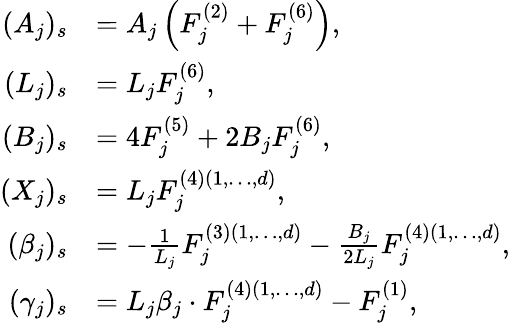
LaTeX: \begin{array}{rl}{(A_{j})_{s}}&{=A_{j}\left(F_{j}^{(2)}+F_{j}^{(6)}\right),}\\ {(L_{j})_{s}}&{=L_{j}F_{j}^{(6)},}\\ {(B_{j})_{s}}&{=4F_{j}^{(5)}+2B_{j}F_{j}^{(6)},}\\ {(X_{j})_{s}}&{=L_{j}F_{j}^{(4)(1,\dots,d)},}\\ {(\beta_{j})_{s}}&{=-\frac{1}{L_{j}}F_{j}^{(3)(1,\dots,d)}-\frac{B_{j}}{2L_{j}}F_{j}^{(4)(1,\dots,d)},}\\ {(\gamma_{j})_{s}}&{=L_{j}\beta_{j}\cdot F_{j}^{(4)(1,\dots,d)}-F_{j}^{(1)},}\end{array}